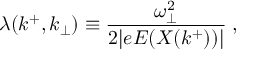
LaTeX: \lambda ( k ^ { + } , k _ { \bot } ) \equiv { \frac { \omega _ { \bot } ^ { 2 } } { 2 \vert e E ( X ( k ^ { + } ) ) \vert } } \; ,